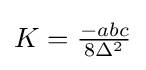
K={\tfrac {-abc}{8\Delta ^{2}}}